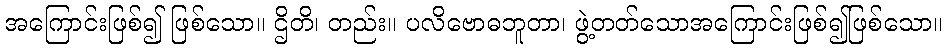
အကြောင်းဖြစ်၍ ဖြစ်သော။ ဌိတိ၊ တည်း။ ပလိဗောဓဘူတာ၊ ဖွဲ့တတ်သောအကြောင်းဖြစ်၍ဖြစ်သော။